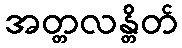
အတ္တလန္တိတ်